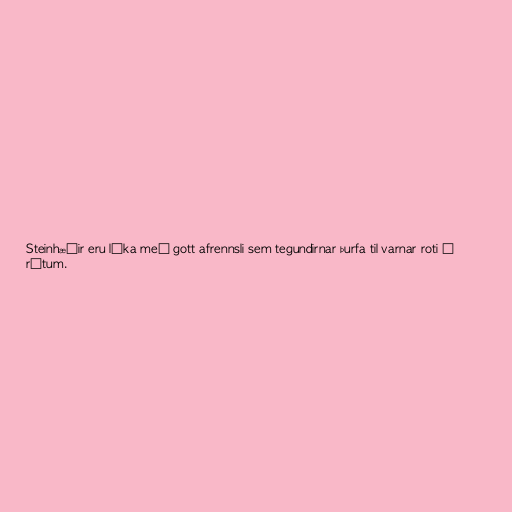
Steinhæðir eru líka með gott afrennsli sem tegundirnar þurfa til varnar roti í
rótum.